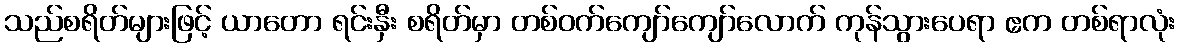
သည်စရိတ်များဖြင့် ယာတော ရင်းနှီး စရိတ်မှာ တစ်ဝက်ကျော်ကျော်လောက် ကုန်သွားပေရာ ဧက တစ်ရာလုံး